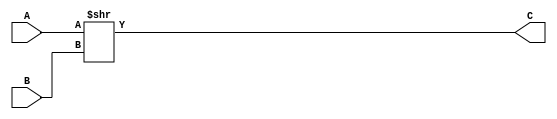
`timescale 1ns / 1ps
/*******************************************************************  
*  
* Module: SRL.v  
* Project: SSRisc  
* Description: Shift right Logical, shifts a 32 bit number to the right but does not sign extend
*  
* Change history: 28/06/19 - created
*                 
*  **********************************************************************/ 



module SRL(
input [31:0] A,
input [31:0] B,
output [31:0] C
    );
    assign C = A >> B;  
endmodule